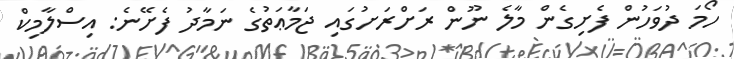
ހޯމަ ދުވަހުން ފެށިގެން މާލެ ނޫން ރަށްރަށުގައި ޖަމާޢަތުގެ ނަމާދު ފެށޭނެ: އިސްލާމިކް